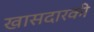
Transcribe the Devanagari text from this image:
खासदारकी